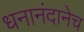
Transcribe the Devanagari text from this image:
धनानंदानेच